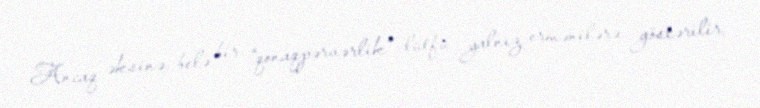
Ancaq əksinə, belə bir “qonaqpərvərlik” lütfü yalnız ermənilərə göstərilir,